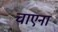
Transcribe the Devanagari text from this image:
चाएना